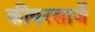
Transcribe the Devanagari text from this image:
कीयरसार्जे